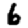
Digit: 6